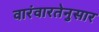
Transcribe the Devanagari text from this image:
वारंवारतेनुसार